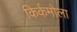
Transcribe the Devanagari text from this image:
किर्कमोला